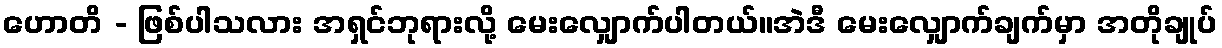
ဟောတိ - ဖြစ်ပါသလား အရှင်ဘုရားလို့ မေးလျှောက်ပါတယ်။အဲဒီ မေးလျှောက်ချက်မှာ အတိုချုပ်